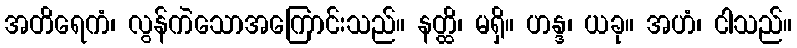
အတိရေကံ၊ လွန်ကဲသောအကြောင်းသည်။ နတ္ထိ၊ မရှိ။ ဟန္ဒ၊ ယခု။ အဟံ၊ ငါသည်။